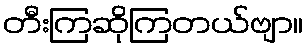
တီးကြဆိုကြတယ်ဗျာ။